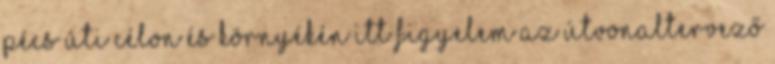
Pécs úti célon és környékén itt Figyelem Az útvonaltervező